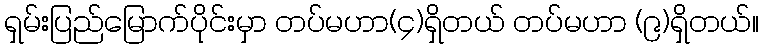
ရှမ်းပြည်မြောက်ပိုင်းမှာ တပ်မဟာ(၄)ရှိတယ် တပ်မဟာ (၉)ရှိတယ်။